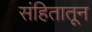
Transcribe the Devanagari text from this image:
संहितातून